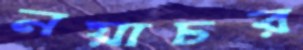
নয়াচর